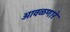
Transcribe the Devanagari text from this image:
आवळणारे